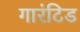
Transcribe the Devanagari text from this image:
गारंटिड